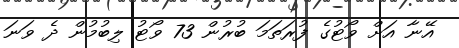
އޭނާ އަށް ވޯޓުގެ ފުރަތަމަ ބުރުން 73 ވޯޓު ލިބުމުން ދެ ވަނަ